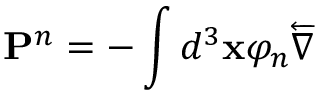
\mathbf { P } ^ { n } = - \int d ^ { 3 } \mathbf { x } \varphi _ { n } \overleftarrow { \nabla }